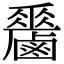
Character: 𪊁